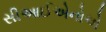
સીઆઈએનોએ